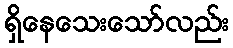
ရှိနေသေးသော်လည်း